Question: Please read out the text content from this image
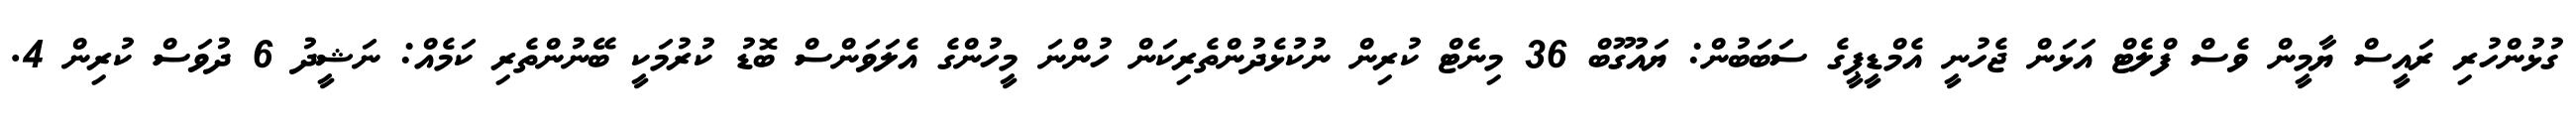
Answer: ގުޅުންހުރި ރައީސް ޔާމީން ވެސް ފްލެޓް އަޅަން ޖެހުނީ އެމްޑީޕީގެ ސަބަބުން: ޔައުގޫބް 36 މިނެޓް ކުރިން ނުކުޅެދުންތެރިކަން ހުންނަ މީހުންގެ އެލަވަންސް ބޮޑު ކުރުމަކީ ބޭނުންތެރި ކަމެއް: ނަޝީދު 6 ދުވަސް ކުރިން 4.